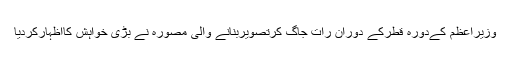
وزیراعظم کےدورہ قطرکے دوران رات جاگ کرتصویربنانے والی مصورہ نے بڑی خواہش کااظہارکردیا